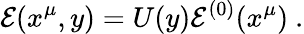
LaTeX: {\cal E}(x^{\mu},y)=U(y){\cal E}^{(0)}(x^{\mu})\ .